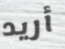
أريد